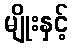
မျိုးနှင့်